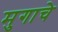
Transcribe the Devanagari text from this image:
मुगाचे